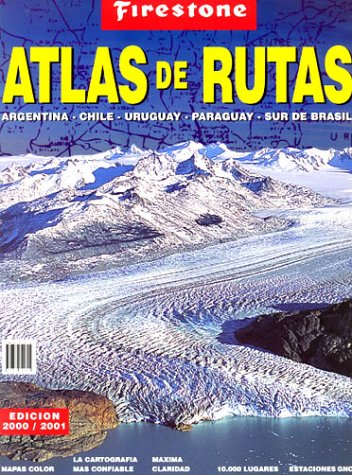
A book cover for Atlas Argentina/Chile/Uruguay/Paraguay/Brasil/Bolivia (Firestone); Pablo Alejandro Curti; Travel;